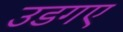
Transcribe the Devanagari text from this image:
उडगए